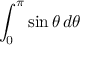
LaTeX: \int _ { 0 } ^ { \pi } \sin \theta \, d \theta